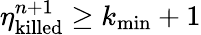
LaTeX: \eta_{\mathrm{killed}}^{n+1}\geq k_{\mathrm{min}}+1